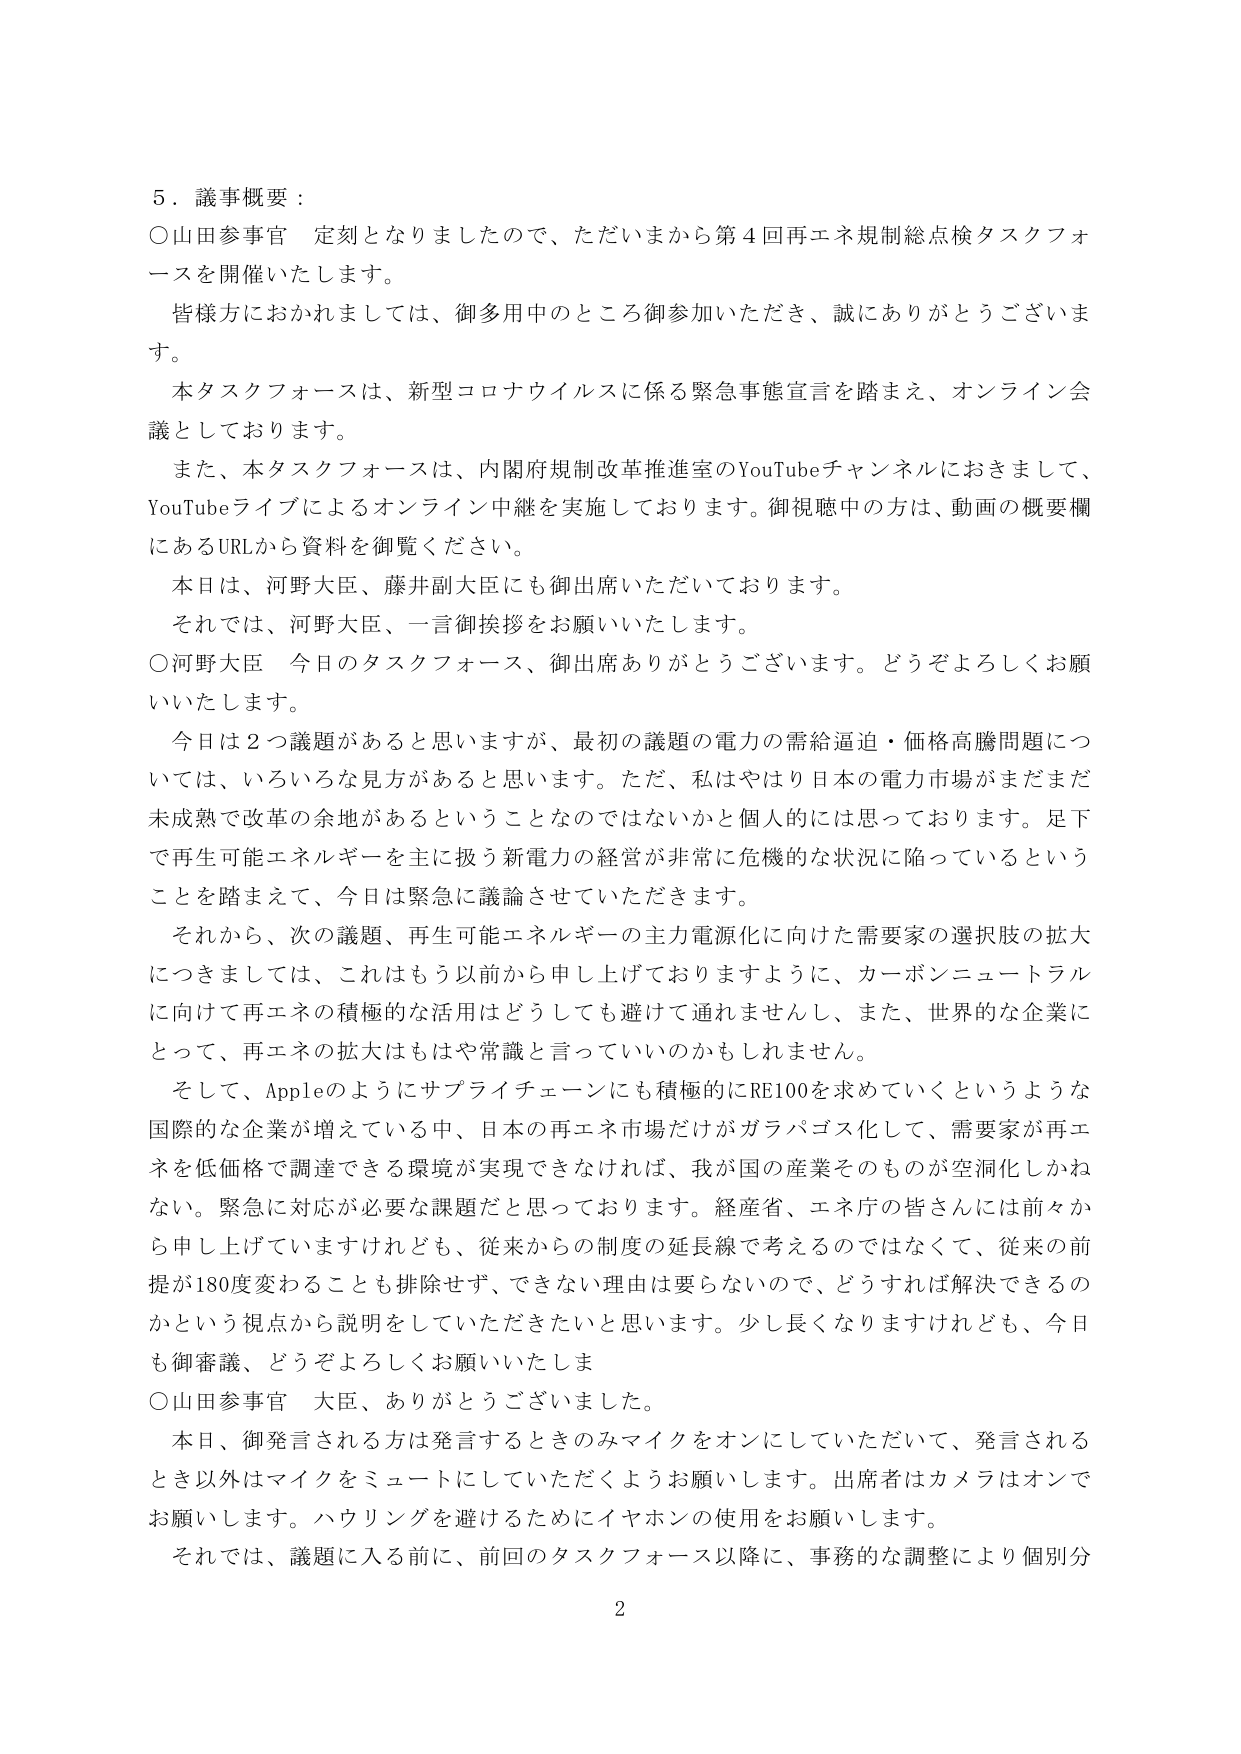
５．議事概要：

○山田参事官　定刻となりましたので、ただいまから第４回再エネ規制総点検タスクフォースを開催いたします。

　皆様方におかれましては、御多用中のところ御参加いただき、誠にありがとうございます。

　本タスクフォースは、新型コロナウイルスに係る緊急事態宣言を踏まえ、オンライン会議としております。

　また、本タスクフォースは、内閣府規制改革推進室のYouTubeチャンネルにおきまして、YouTubeライブによるオンライン中継を実施しております。御視聴中の方は、動画の概要欄にあるURLから資料を御覧ください。

　本日は、河野大臣、藤井副大臣にも御出席いただいております。

　それでは、河野大臣、一言御挨拶をお願いいたします。

○河野大臣　今日のタスクフォース、御出席ありがとうございます。どうぞよろしくお願いいたします。

　今日は２つ議題があると思いますが、最初の議題の電力の需給逼迫・価格高騰問題については、いろいろな見方があると思います。ただ、私はやはり日本の電力市場がまだまだ未成熟で改革の余地があるということなのではないかと個人的には思っております。足下で再生可能エネルギーを主に扱う新電力の経営が非常に危機的な状況に陥っているということを踏まえて、今日は緊急に議論させていただきます。

　それから、次の議題、再生可能エネルギーの主力電源化に向けた需要家の選択肢の拡大につきましては、これはもう以前から申し上げておりますように、カーボンニュートラルに向けて再エネの積極的な活用はどうしても避けて通れませんし、また、世界的な企業にとって、再エネの拡大はもはや常識と言っていいのかもしれません。

　そして、Appleのようにサプライチェーンにも積極的にRE100を求めていくというような国際的な企業が増えていく中、日本の再エネ市場だけがガラパゴス化して、需要家が再エネを低価格で調達できる環境が実現できなければ、我が国の産業そのものが空洞化しかねない。緊急に対応が必要な課題だと思っております。経産省、エネ庁の皆さんには前々から申し上げていますけれども、従来からの制度の延長線で考えるのではなくて、従来の前提が180度変わることも排除せず、できない理由は要らないので、どうすれば解決できるのかという視点から説明をしていただきたいと思います。少し長くなりますが、今日も御審議、どうぞよろしくお願いいたします。

○山田参事官　大臣、ありがとうございました。

　本日、御発言される方は発言するときのみマイクをオンにしていただいて、発言されるとき以外はマイクをミュートにしていただくようお願いします。出席者はカメラはオンでお願いします。ハウリングを避けるためにイヤホンの使用をお願いします。

　それでは、議題に入る前に、前回のタスクフォース以降に、事務的な調整により個別分

2